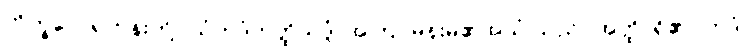
ဘိက္ခဝေ၊ ရဟန်းတို့။ ယံဣဒံဣတ္ထိသဒ္ဒံ၊ အကြင်မိန်းမ၏အသံ သည်။ အတ္ထိ၊ ရှိ၏။ ဣဒံ၊